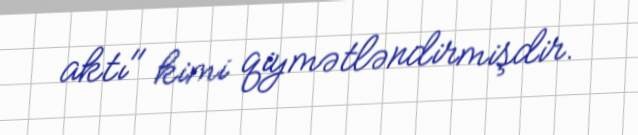
aktı" kimi qiymətləndirmişdir.